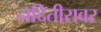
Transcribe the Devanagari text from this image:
नदितीरावर